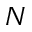
N